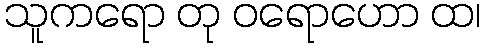
သူကရော တု ဝရောဟော ထ၊